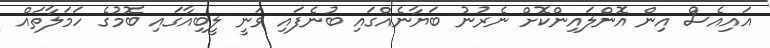
އައިއެސް އިން އޮންލައިންކޮށް ނެރުނު ބަޔާނެއްގައި ބުނެފައި ވަނީ ލީބިއާގައި ބޮމުގެ ހަމަލާތައް